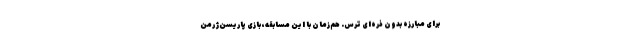
برای مبارزه بدون ذره‌ای ترس. هم‌زمان با این مسابقه، بازی پاریسن‌ژرمن